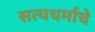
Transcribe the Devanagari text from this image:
सत्यधर्माचे